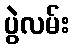
ပွဲလမ်း